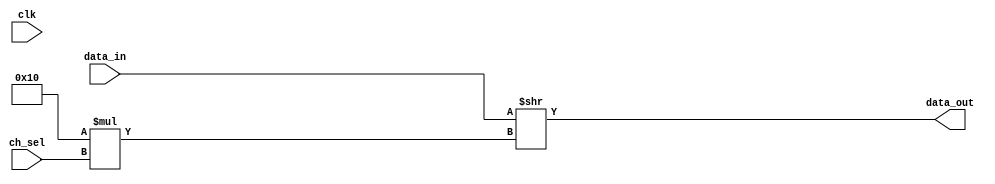
// ***************************************************************************
// ***************************************************************************
// Copyright 2014 - 2017 (c) Analog Devices, Inc. All rights reserved.
//
// In this HDL repository, there are many different and unique modules, consisting
// of various HDL (Verilog or VHDL) components. The individual modules are
// developed independently, and may be accompanied by separate and unique license
// terms.
//
// The user should read each of these license terms, and understand the
// freedoms and responsibilities that he or she has by using this source/core.
//
// This core is distributed in the hope that it will be useful, but WITHOUT ANY
// WARRANTY; without even the implied warranty of MERCHANTABILITY or FITNESS FOR
// A PARTICULAR PURPOSE.
//
// Redistribution and use of source or resulting binaries, with or without modification
// of this file, are permitted under one of the following two license terms:
//
//   1. The GNU General Public License version 2 as published by the
//      Free Software Foundation, which can be found in the top level directory
//      of this repository (LICENSE_GPL2), and also online at:
//      <https://www.gnu.org/licenses/old-licenses/gpl-2.0.html>
//
// OR
//
//   2. An ADI specific BSD license, which can be found in the top level directory
//      of this repository (LICENSE_ADIBSD), and also on-line at:
//      https://github.com/analogdevicesinc/hdl/blob/master/LICENSE_ADIBSD
//      This will allow to generate bit files and not release the source code,
//      as long as it attaches to an ADI device.
//
// ***************************************************************************
// ***************************************************************************

`timescale 1ns/100ps

module ad_mux_core #(
  parameter CH_W = 16,
  parameter CH_CNT = 8,
  parameter EN_REG = 0
) (
  input clk,
  input [CH_W*CH_CNT-1:0] data_in,
  input [$clog2(CH_CNT)-1:0] ch_sel,
  output [CH_W-1:0] data_out
);

  wire [CH_W-1:0] data_out_loc;

  assign data_out_loc = data_in >> CH_W*ch_sel;

  generate if (EN_REG) begin
    reg [CH_W-1:0] data_out_reg;
    always @(posedge clk) begin
      data_out_reg <= data_out_loc;
    end
    assign data_out = data_out_reg;
  end else begin
    assign data_out = data_out_loc;
  end
  endgenerate

endmodule